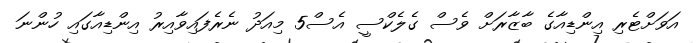
އަވަށްޓެރި އިންޑިއާގެ ބާޒާރަށް ވެސް ގެލެކްސީ އެސް5 މިއަދު ނެރެފައިވާއިރު އިންޑިއާގައި ހުންނަ